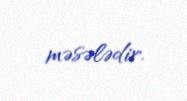
məsələdir.